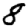
Digit: 8